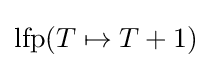
{\text{lfp}}(T\mapsto T+1)